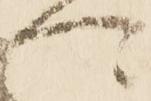
可